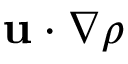
\mathbf { u } \cdot \nabla \rho